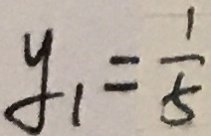
y _ { 1 } = \frac { 1 } { 5 }